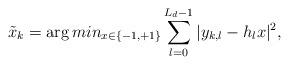
LaTeX: \begin{align*}\tilde{x}_{k} = \arg min_{x \in \{-1, +1\}} \sum_{l = 0}^{L_{d}-1} |y_{k, l} - h_{l}x|^2,\end{align*}